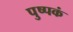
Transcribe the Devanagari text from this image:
पुष्‍पकं